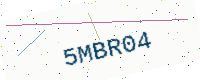
Text: 5MBR04